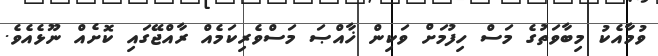
ވުމާއެކު މިބާވަތުގެ މަސް ހިފުމަށް ވަކިން ޚާއްޞަ މަސްވެރިކަމެއް ރާއްޖޭގައި ކޮށެއް ނޫޅެއެވެ.